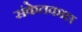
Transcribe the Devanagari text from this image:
संकेतकाल